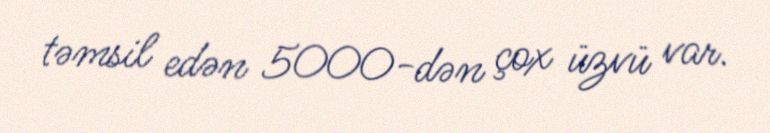
təmsil edən 5000-dən çox üzvü var.